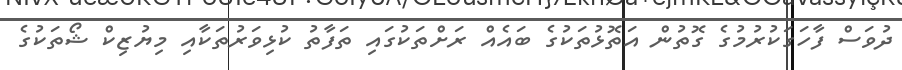
ދުވަސް ފާހަގަކުރުމުގެ ގޮތުން އަތޮޅުތަކުގެ ބައެއް ރަށްތަކުގައި ތަފާތު ކުޅިވަރުތަކާއި މިޔުޒިކް ޝޯތަކުގެ